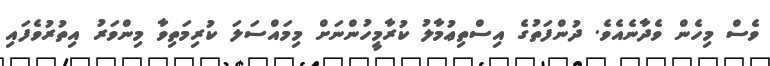
ވެސް މިހެން ވެދާނެއެވެ. ދުންފަތުގެ އިސްތިޢުމާލު ކުރާމީހުންނަށް މިމައްސަލަ ކުރިމަތިވާ މިންވަރު އިތުރުވެފައި